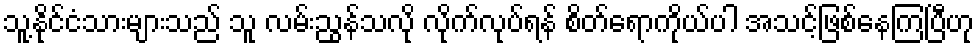
သူ့နိုင်ငံသားများသည် သူ လမ်းညွန်သလို လိုက်လုပ်ရန် စိတ်ရောကိုယ်ပါ အသင့်ဖြစ်နေကြပြီဟု